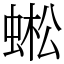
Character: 蜙